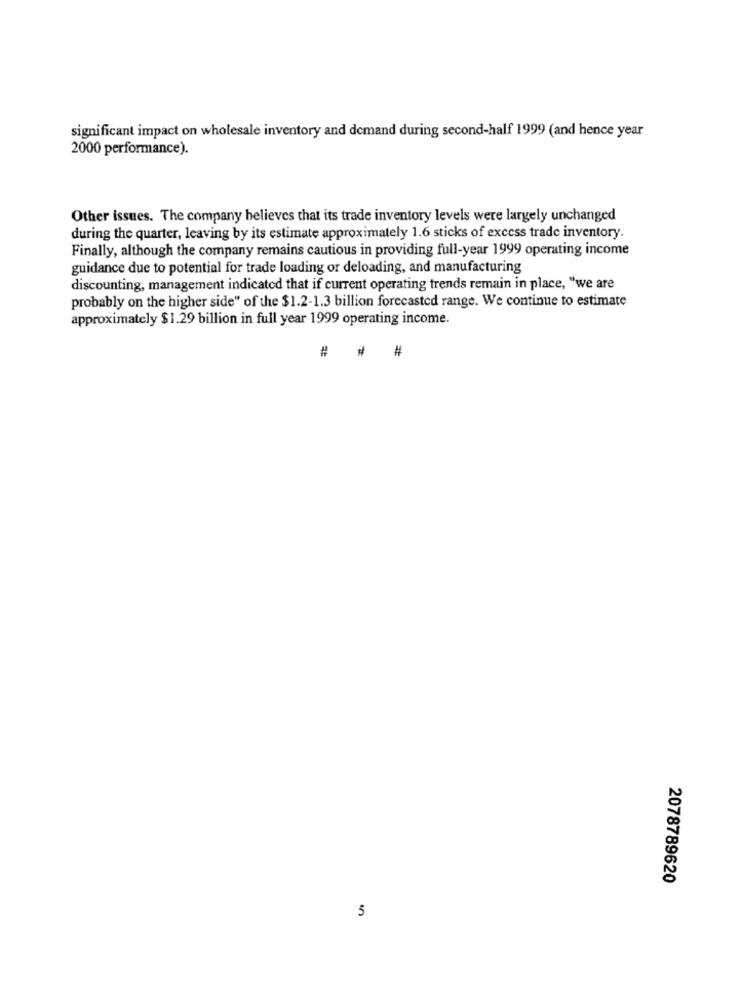
significant impact on wholesale inventory and demand during second-half 1999 (and hence year
2000 performance).
Other issues. The company believes that its trade inventory levels were largely unchanged
during the quarter, leaving by its estimate approximately 1.6 sticks of excess trade inventory.
Finally, although the company remains cautious in providing full-year 1999 operating income
guidance due to potential for trade loading or deloading, and manufacturing
discounting, management indicated that if current operating trends remain in place, "we are
probably on the higher side" of the $1.2-1.3 billion forecasted range. We continue to estimate
approximately $1.29 billion in full year 1999 operating income.
#
#
2078789620
5